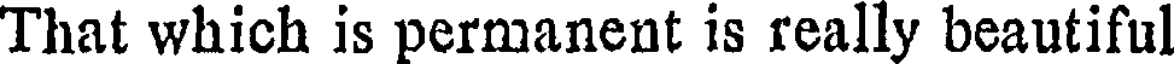
That which is permanent is really beautiful